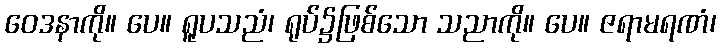
ဝေဒနာကို။ ပေ။ ရူပသညံ၊ ရုပ်၌ဖြစ်သော သညာကို။ ပေ။ ဇရာမရဏံ၊